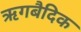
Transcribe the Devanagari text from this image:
ऋगबैदिक